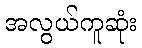
အလွယ်ကူဆုံး